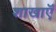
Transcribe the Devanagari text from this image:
शाखाऍं